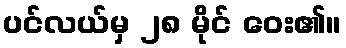
ပင်လယ်မှ ၂၈ မိုင် ဝေး၏။